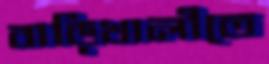
বাড়িখালীতে